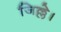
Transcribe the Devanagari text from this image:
जिल्ले।